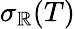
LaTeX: \sigma_{\mathbb{R}}(T)